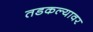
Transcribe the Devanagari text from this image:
तडकल्यावर